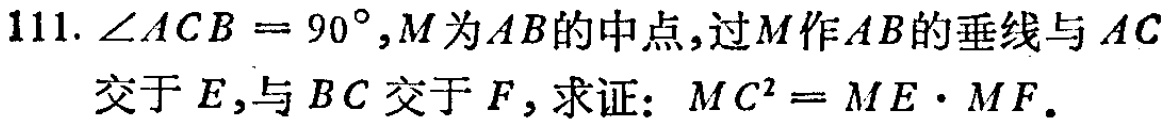
111. $\angle ACB = 90^{\circ},M$为$AB$的中点,过$M$作$AB$的垂线与$AC$交于$E$,与$BC$交于$F$,求证：$MC^{2}=ME\cdot MF$.